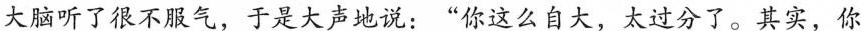
大脑听了很不服气，于是大声地说：”你这么自大，太过分了。其实，你